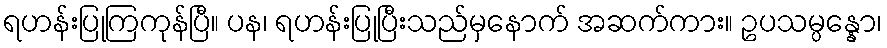
ရဟန်းပြုကြကုန်ပြီ။ ပန၊ ရဟန်းပြုပြီးသည်မှနောက် အဆက်ကား။ ဥပသမ္ပန္နော၊